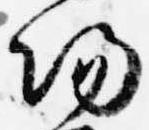
陽